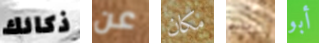
ذكائك عن مكان بارني أبو